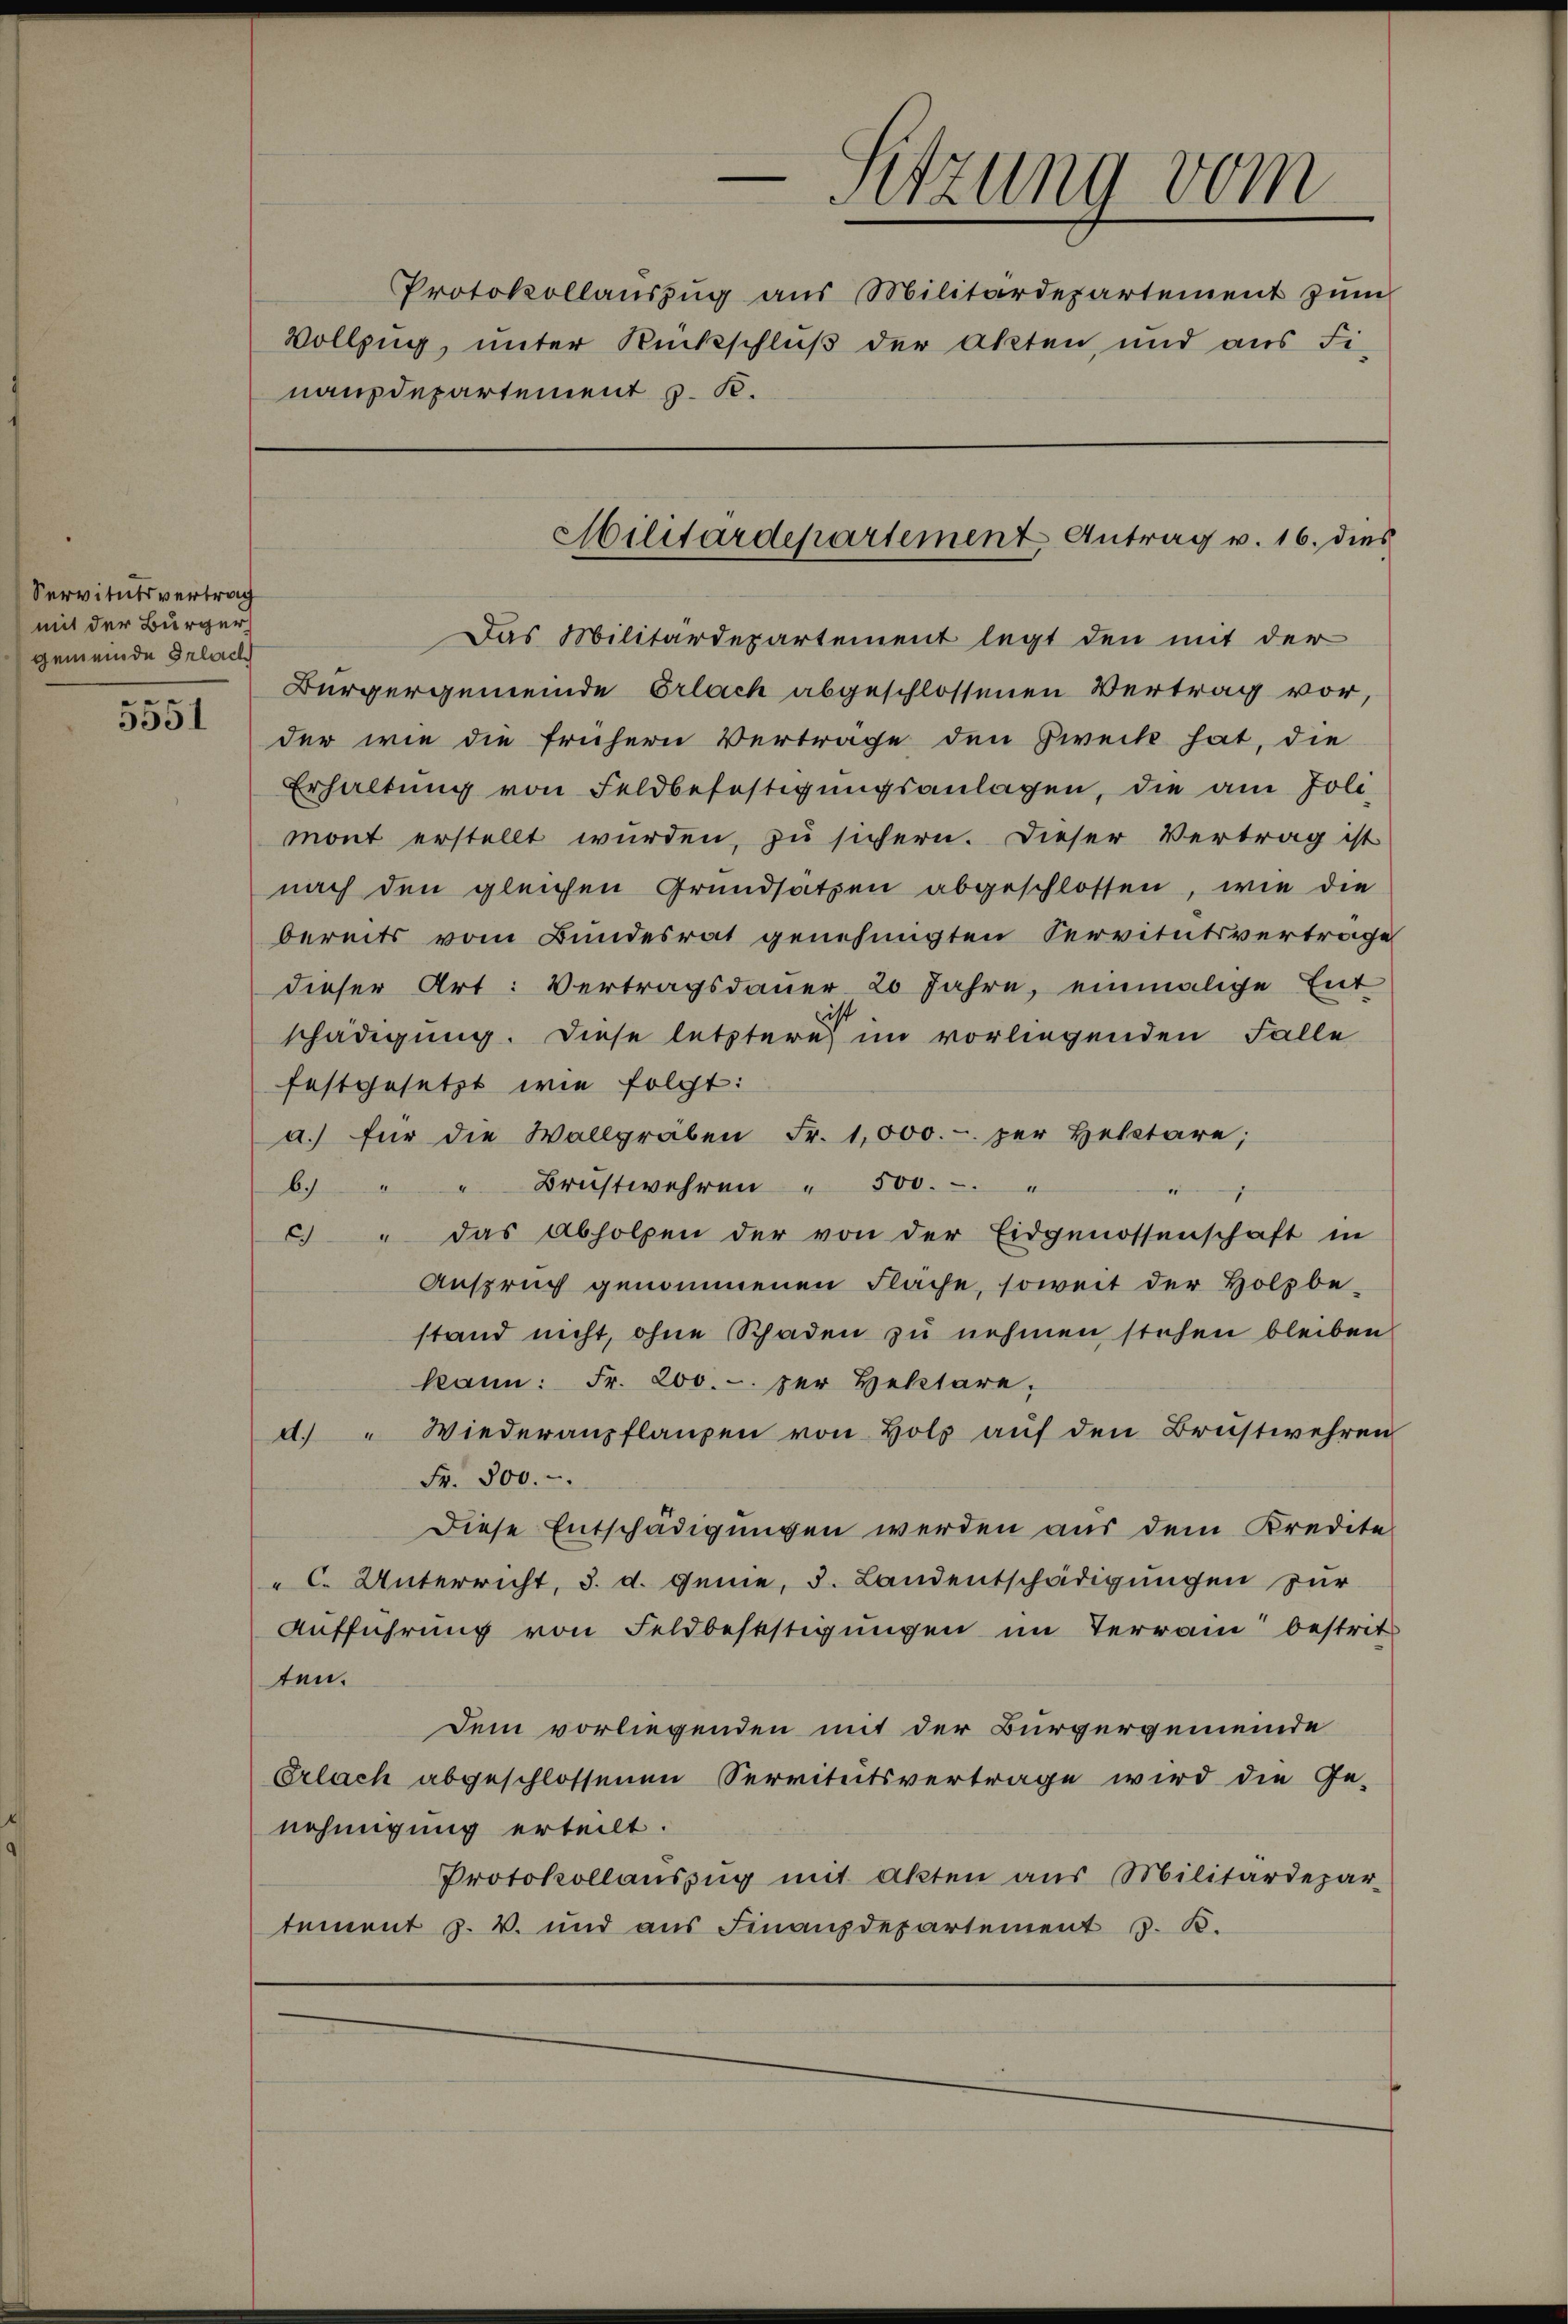
Servitutsvertrag
mit der Bürger
gemeinde Erlach
e

5551

nanzdepartement z. R.

e
Sitzung vom
Protokollaŭszŭg aŭs Militärdepartement zŭm
Vollzug, unter Rückschluß der Akten, und aus Fi-

Militärdepartement Antrag v. 16. dies

Das Militärdepartement legt den mit der
Bürgergemeinde Erlach abgeschlossenen Vertrag vor,
der wie die frühern Vertrage den Zweck hat, die
Erhaltung von Feldbefestigungsanlagen, die am Joli
mont erstellt wurden, zu sichern. Dieser Vertrag ist
nach den gleichen Grundsätzen abgeschlossen, wie die
bereits vom Bundesrat genehmigten Servitutsvertrage
dieser Art: Vertragsdauer 20 Jahre, einmalige Ent
schädigung. Diese letztere im vorliegenden Falle
festgesetzt wie folgt:
a.) für die Wallgraben Fr. 1,000.-. per Heletäre;
b. " " Brustwehren " 500.-. "
c. " das Abholpen der von der Eidgenossenschaft in
Anspruch genommenen Fläche, soweit der Holzbe-
stand nicht, ohne Schaden zu nehmen stehen bleiben
kann: Fr. 200.- zur Heletare,
" Wiederanpflanzen von Holz auf den Brustwehren
d.
Fr. 800.
Diese Entschädigungen werden aus dem Kredite
"C. Unterricht, 3. d. Genie, d. Landentschädigungen zur
Aufführung von Feldbefestigungen im Terrain bestrit
ten.
Dem vorliegenden mit der Bürgergemeinde
Erlach abgeschlossenen Servitutsvertrage wird die Ge-
nehmigung erteilt.
Protokollauszug mit Akten aus Militärdepar-
tement z. B. und aus Finanzdepartement z. B.